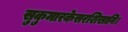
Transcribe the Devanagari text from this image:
सुकुमारकेसरशिखानि।